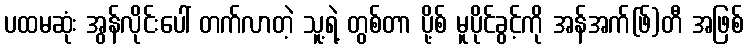
ပထမဆုံး အွန်လိုင်းပေါ် တက်လာတဲ့ သူ့ရဲ့ တွစ်တာ ပို့စ် မူပိုင်ခွင့်ကို အန်အက်(ဖ်)တီ အဖြစ်